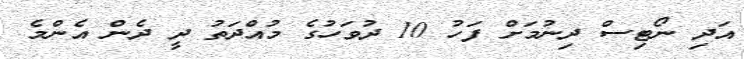
އަދި ނޯޓިސް ދިނުމަށް ފަހު 10 ދުވަހުގެ މުއްދަތު ދީ ދެން އެންމެ